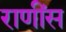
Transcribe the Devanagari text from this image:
राणींस